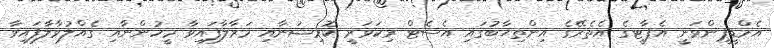
އެމްޑީޕީންވަނީ އެޕާޓީގެ އެތެރޭގެ އިންތިޚާބުގައި އެސެޓް ރިކަވަރީ ކޮމިޝަނާއި މަރާލާފައިވާ މީހުންނާއި ގެއްލުވާލާފައިވާ